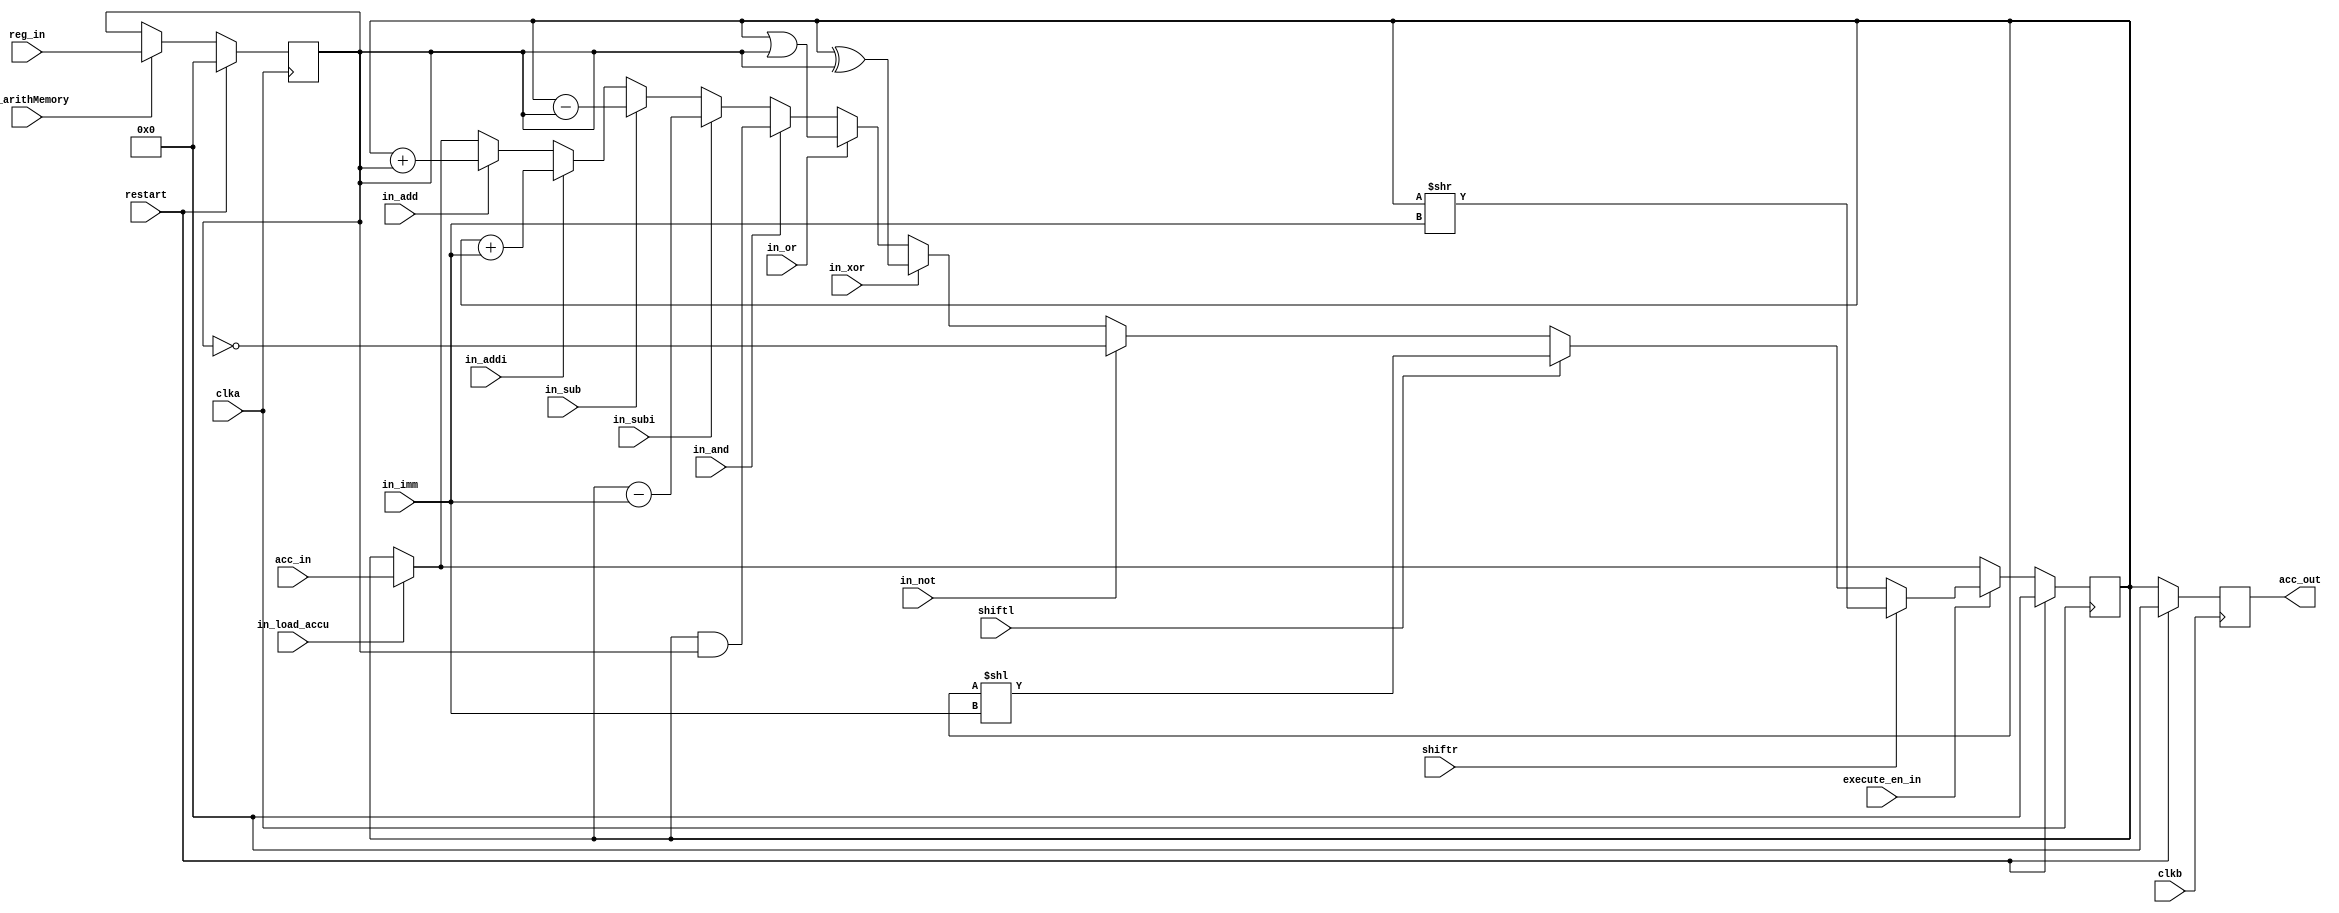
//-----------------------------------------------------
// Design Name : dp
// Function    : Data path with 4-bit adder and done signal
//-----------------------------------------------------


module dp (clka, clkb, restart, in_load_accu, in_arithMemory, execute_en_in, in_imm, reg_in, acc_in, acc_out, 
            in_add, in_addi, in_sub, in_subi, in_and, in_or, in_xor, in_not, shiftl, shiftr);
//-----------Input Ports---------------
input clka, clkb, restart, in_load_accu, in_arithMemory, execute_en_in, 
            in_add, in_addi, in_sub, in_subi, in_and, in_or, in_xor, in_not, shiftl, shiftr;
input [3:0] in_imm;
input [7:0] reg_in;
input [7:0] acc_in; 

//-----------Output Ports---------------
// output reg [7:0] reg_out;
output reg [7:0] acc_out;

//------------Internal Variables--------
reg  [7:0] reg_temp;
reg  [7:0] accu_temp;

//-------------Code Starts Here---------
// Qualify the control signal by clka and clkb for the d1 and d2 and d_out registers
// reg_temp is the data from immediate or from data memory
// accu_temp is the register for accumulator

always @ (negedge clka)
begin
    if (restart == 1'b1) begin
        reg_temp <= 8'b0;
        accu_temp <= 8'b0;
    end 
    else begin
        // when not idle, always load the content of accumulator to the register
        if (in_load_accu) begin
            accu_temp <= acc_in;
        end
        else begin
            accu_temp <= accu_temp;
        end
        
        if (in_arithMemory) begin
            reg_temp <= reg_in;
        end
        if(execute_en_in) begin
            if(in_add) begin
                accu_temp <= accu_temp + reg_temp;
            end

            if(in_addi) begin
                accu_temp <= accu_temp + in_imm;
            end

            if(in_sub) begin
                accu_temp <= accu_temp - reg_temp;
            end
            
            if (in_subi) begin
                accu_temp <= accu_temp - in_imm;
            end

            if (in_and) begin
                accu_temp <= accu_temp & reg_temp;
            end    
            
            if (in_or) begin
                accu_temp <= accu_temp | reg_temp;
            end

            if (in_xor) begin
                accu_temp <= accu_temp ^ reg_temp;
            end

            if (in_not) begin
                accu_temp <= ~reg_temp;
            end

            if (shiftl) begin
                accu_temp <= accu_temp << in_imm;
            end

            if (shiftr) begin
                accu_temp <= accu_temp >> in_imm;
            end 
        end
    end


end

always @ (negedge clkb)
begin
    if (restart == 1'b1) begin
        // reg_out <= 8'b0;
        acc_out  <= 8'b0;
    end else begin
        // reg_out <= reg_temp;
        acc_out <= accu_temp;
    end
end

endmodule //End Of Module dp  datapath